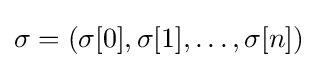
\sigma =(\sigma [0],\sigma [1],\dots ,\sigma [n])